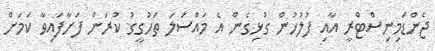
ޖެންޑަމިނިސްޓްރީ އާއި ފުލުހުން ގުޅިގެން އެ މައްސަލަ ތަހުގީގު ކުރަން ފަށާފައިވާ ކަމަށް